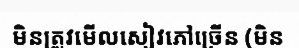
មិនត្រូវមើលសៀវភៅច្រើន (មិន